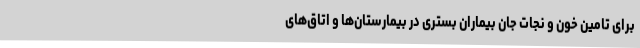
برای تامین خون و نجات جان بیماران بستری در بیمارستان‌ها و اتاق‌های